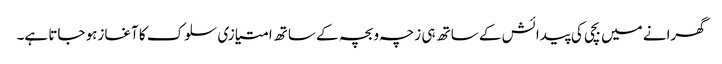
گھرانے میں بچی کی پیدائش کے ساتھ ہی زچہ و بچہ کے ساتھ امتیازی سلوک کا آغازہو جاتا ہے۔